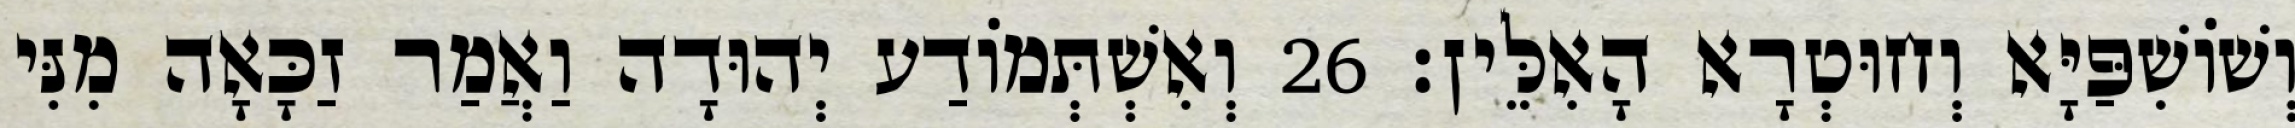
וְשׁוֹשִׁפַּיָּא וְחוּטְרָא הָאִלֵּין׃ 26 וְאִשְׁתְּמוֹדַע יְהוּדָה וַאֲמַר זַכָּאָה מִנִּי